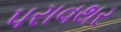
પરાવથર